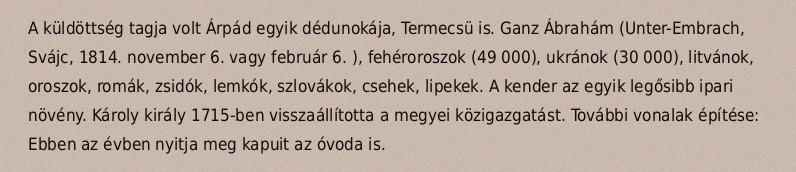
A küldöttség tagja volt Árpád egyik dédunokája, Termecsü is. Ganz Ábrahám (Unter-Embrach, Svájc, 1814. november 6. vagy február 6. ), fehéroroszok (49 000), ukránok (30 000), litvánok, oroszok, romák, zsidók, lemkók, szlovákok, csehek, lipekek. A kender az egyik legősibb ipari növény. Károly király 1715-ben visszaállította a megyei közigazgatást. További vonalak építése: Ebben az évben nyitja meg kapuit az óvoda is.